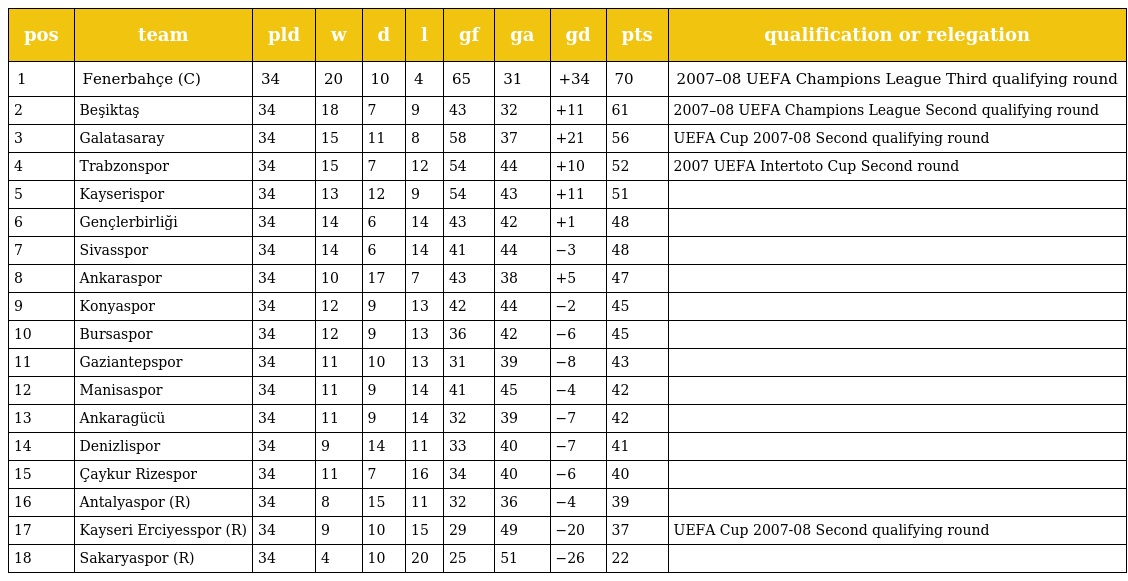
| pos | team | pld | w | d | l | gf | ga | gd | pts | qualification or relegation |
 | --- | --- | --- | --- | --- | --- | --- | --- | --- | --- | --- |
 | 1 | Fenerbahçe (C) | 34 | 20 | 10 | 4 | 65 | 31 | +34 | 70 | 2007–08 UEFA Champions League Third qualifying round |
 | 2 | Beşiktaş | 34 | 18 | 7 | 9 | 43 | 32 | +11 | 61 | 2007–08 UEFA Champions League Second qualifying round |
 | 3 | Galatasaray | 34 | 15 | 11 | 8 | 58 | 37 | +21 | 56 | UEFA Cup 2007-08 Second qualifying round |
 | 4 | Trabzonspor | 34 | 15 | 7 | 12 | 54 | 44 | +10 | 52 | 2007 UEFA Intertoto Cup Second round |
 | 5 | Kayserispor | 34 | 13 | 12 | 9 | 54 | 43 | +11 | 51 |  |
 | 6 | Gençlerbirliği | 34 | 14 | 6 | 14 | 43 | 42 | +1 | 48 |  |
 | 7 | Sivasspor | 34 | 14 | 6 | 14 | 41 | 44 | −3 | 48 |  |
 | 8 | Ankaraspor | 34 | 10 | 17 | 7 | 43 | 38 | +5 | 47 |  |
 | 9 | Konyaspor | 34 | 12 | 9 | 13 | 42 | 44 | −2 | 45 |  |
 | 10 | Bursaspor | 34 | 12 | 9 | 13 | 36 | 42 | −6 | 45 |  |
 | 11 | Gaziantepspor | 34 | 11 | 10 | 13 | 31 | 39 | −8 | 43 |  |
 | 12 | Manisaspor | 34 | 11 | 9 | 14 | 41 | 45 | −4 | 42 |  |
 | 13 | Ankaragücü | 34 | 11 | 9 | 14 | 32 | 39 | −7 | 42 |  |
 | 14 | Denizlispor | 34 | 9 | 14 | 11 | 33 | 40 | −7 | 41 |  |
 | 15 | Çaykur Rizespor | 34 | 11 | 7 | 16 | 34 | 40 | −6 | 40 |  |
 | 16 | Antalyaspor (R) | 34 | 8 | 15 | 11 | 32 | 36 | −4 | 39 |  |
 | 17 | Kayseri Erciyesspor (R) | 34 | 9 | 10 | 15 | 29 | 49 | −20 | 37 | UEFA Cup 2007-08 Second qualifying round |
 | 18 | Sakaryaspor (R) | 34 | 4 | 10 | 20 | 25 | 51 | −26 | 22 |  |